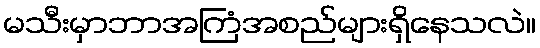
မသီးမှာဘာအကြံအစည်များရှိနေသလဲ။